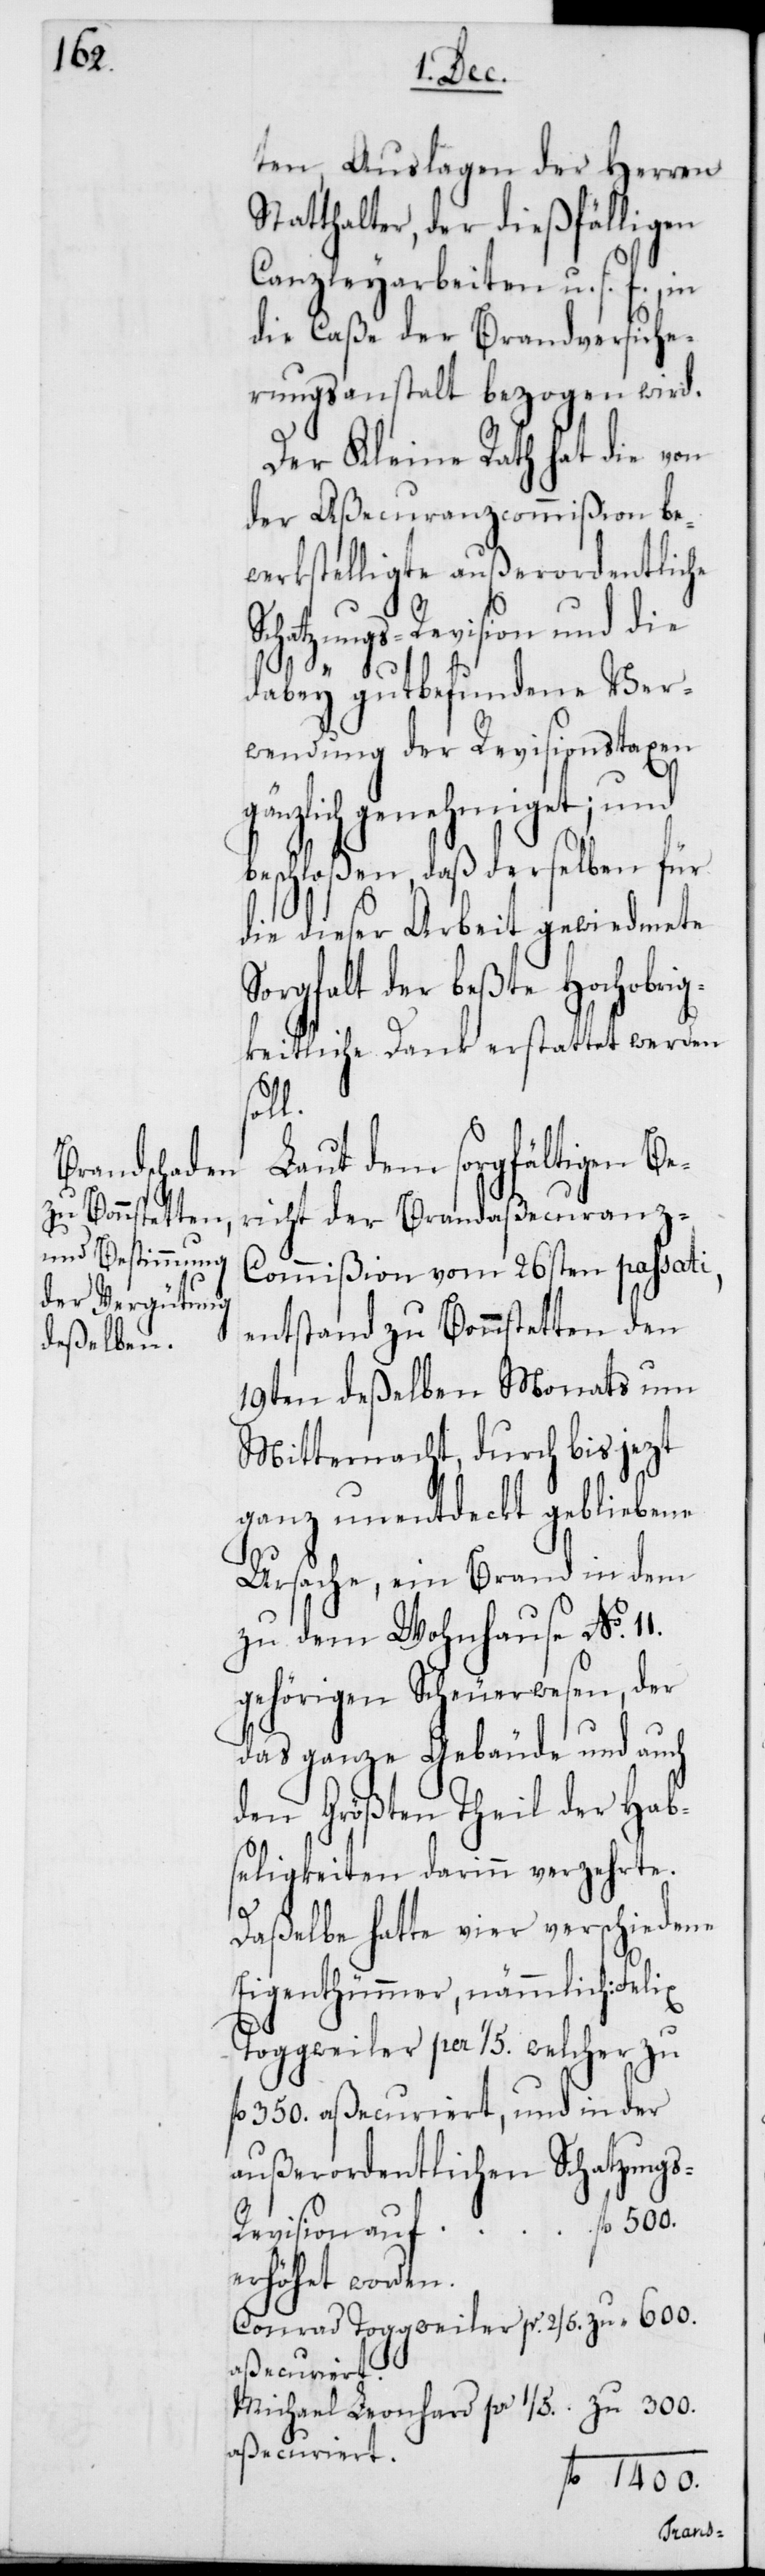
600.

ten, Auslagen der Herren
Statthalter, der dießfälligen
Canzleyarbeiten u. s. f., in
die Caße der Brandversiche¬
rungsanstalt bezogen wird.
Der Kleine Rath hat die von
der Aßecuranzcommißion be¬
werkstelligte außerordentliche
Schatzungs-Revision und die
dabey gutbefundene Ver¬
wendung der Revisionstaxen
gänzlich genehmiget; und
beschloßen, daß derselben für
die dieser Arbeit gewiedmete
Sorgfalt der beßte Hochobrig¬
keitliche Dank erstattet werden
fl.
Laut dem sorgfältigen Be¬
richt der Brandaßecuranz-C¬
ommißion vom 26sten passati,
entstand zu Bonnstetten den
19ten deßelben Monats um
Mitternacht, durch bis jezt
ganz unentdeckt gebliebene
Ursache, ein Brand in dem
zu dem Wohnhause No 11.
gehörigen Scheuerwesen, der
das ganze Gebäude und auch
den Größten Theil der Hab¬
seligkeiten darinn verzehrte.
“
Daßelbe hatte vier verschiedene
Eigenthümmer, nämmlich:
Toggweiler per 1/5. welcher zu
fl. 350. aßecuriert, und in der
außerordentlichen Schatzung¬
erhöhet worden.
Conrad Toggweiler pr. 2/5. zu
Michael Leonhard pr 1/5. zu
aßecuriert.